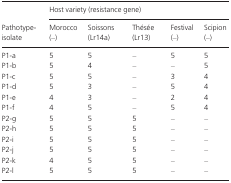
<table><thead><tr><td></td><td colspan="5"><b>Host variety (resistance gene)</b></td></tr><tr><td><b>Pathotype-isolate</b></td><td><b>Morocco (–)</b></td><td><b>Soissons (Lr14a)</b></td><td><b>Thésée (Lr13)</b></td><td><b>Festival (–)</b></td><td><b>Scipion (–)</b></td></tr></thead><tbody><tr><td>P1-a</td><td>5</td><td>5</td><td>–</td><td>5</td><td>5</td></tr><tr><td>P1-b</td><td>5</td><td>4</td><td>–</td><td>–</td><td>5</td></tr><tr><td>P1-c</td><td>5</td><td>5</td><td>–</td><td>3</td><td>4</td></tr><tr><td>P1-d</td><td>5</td><td>3</td><td>–</td><td>5</td><td>4</td></tr><tr><td>P1-e</td><td>4</td><td>3</td><td>–</td><td>2</td><td>4</td></tr><tr><td>P1-f</td><td>4</td><td>5</td><td>–</td><td>5</td><td>4</td></tr><tr><td>P2-g</td><td>5</td><td>5</td><td>5</td><td>–</td><td>–</td></tr><tr><td>P2-h</td><td>5</td><td>5</td><td>5</td><td>–</td><td>–</td></tr><tr><td>P2-i</td><td>5</td><td>5</td><td>5</td><td>–</td><td>–</td></tr><tr><td>P2-j</td><td>5</td><td>5</td><td>5</td><td>–</td><td>–</td></tr><tr><td>P2-k</td><td>4</td><td>5</td><td>5</td><td>–</td><td>–</td></tr><tr><td>P2-l</td><td>5</td><td>5</td><td>5</td><td>–</td><td>–</td></tr></tbody></table>